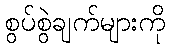
စွပ်စွဲချက်များကို